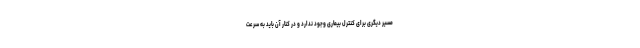
مسیر دیگری برای کنترل بیماری وجود ندارد و در کنار آن باید به سرعت